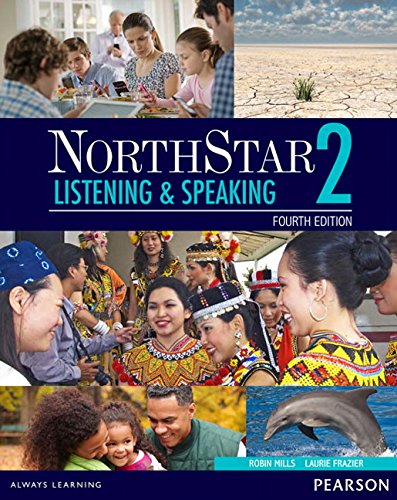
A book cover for NorthStar Listening and Speaking 2 with MyEnglishLab (4th Edition); Robin Mills; Reference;